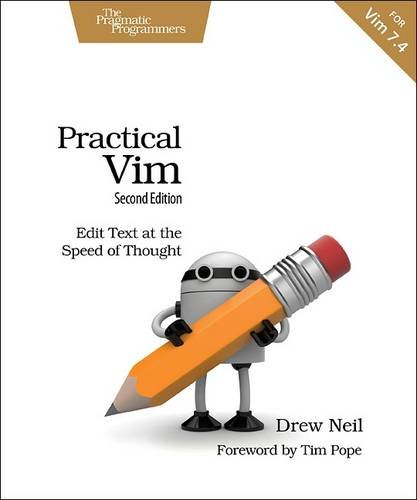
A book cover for Practical Vim, Second Edition: Edit Text at the Speed of Thought; Drew Neil; Computers & Technology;